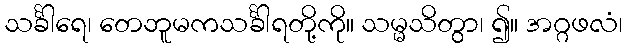
သင်္ခါရေ၊ တေဘူမကသင်္ခါရတို့ကို။ သမ္မသိတွာ၊ ၍။ အဂ္ဂဖလံ၊